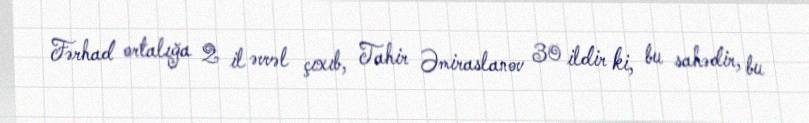
Fərhad ortalığa 2 il əvvəl çıxıb, Tahir Əmiraslanov 30 ildir ki, bu sahədir, bu